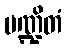
မဏ္ဍိတံ